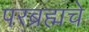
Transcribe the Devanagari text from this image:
परब्रह्मचे